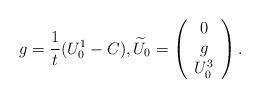
LaTeX: \begin{align*} g = \frac{1}{t}(U_0^1 - C), \widetilde{U}_0 = \left( \begin{array}{c} 0 \\ g \\ U_0^3 \end{array} \right).\end{align*}